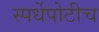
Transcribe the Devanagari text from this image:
स्पर्धेपोटीच